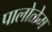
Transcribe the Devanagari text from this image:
पालोळेम